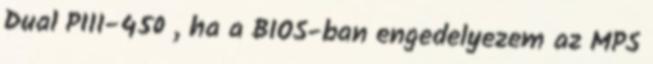
Dual PIII-450 , ha a BIOS-ban engedelyezem az MPS